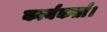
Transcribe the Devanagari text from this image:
कार्यकर्ता।